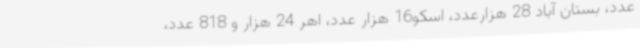
عدد، بستان آباد 28 هزارعدد، اسکو16 هزار عدد، اهر 24 هزار و 818 عدد،